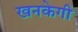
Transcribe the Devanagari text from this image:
खनकेगी